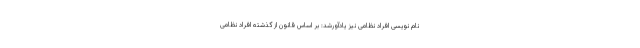
نام نویسی افراد نظامی نیز یادآورشد: بر اساس قانون از گذشته افراد نظامی